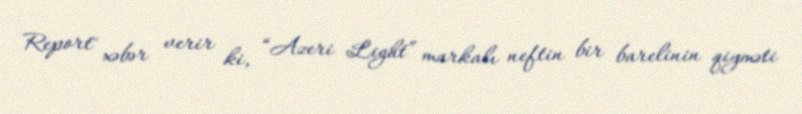
Report" xəbər verir ki, “Azeri Light” markalı neftin bir barelinin qiyməti